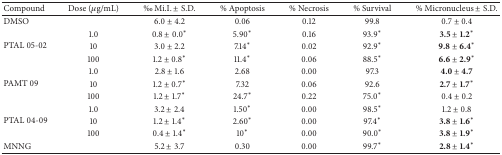
| Compound | Dose (μg/mL) | ‰ Mi.I.± S.D. | % Apoptosis | % Necrosis | % Survival | % Micronucleus ± S.D. |
 | --- | --- | --- | --- | --- | --- | --- |
 | DMSO |  | 6.0 ± 4.2 | 0.06 | 0.12 | 99.8 | 0.7 ± 0.4 |
 | <ROWSPAN=3> PTAL 05-02 | 1.0 | 0.8 ± 0.0* | 5.90* | 0.16 | 93.9* | 3.5 ± 1.2* |
 | 10 | 3.0 ± 2.2 | 7.14* | 0.02 | 92.9* | 9.8 ± 6.4* |
 | 100 | 1.2 ± 0.8* | 11.4* | 0.06 | 88.5* | 6.6 ± 2.9* |
 | <ROWSPAN=3> PAMT 09 | 1.0 | 2.8 ± 1.6 | 2.68 | 0.00 | 97.3 | 4.0 ± 4.7 |
 | 10 | 1.2 ± 0.7* | 7.32 | 0.06 | 92.6 | 2.7 ± 1.7* |
 | 100 | 1.2 ± 1.7* | 24.7* | 0.22 | 75.0* | 0.4 ± 0.2 |
 | <ROWSPAN=3> PTAL 04-09 | 1.0 | 3.2 ± 2.4 | 1.50* | 0.00 | 98.5* | 1.2 ± 0.8 |
 | 10 | 1.2 ± 1.4* | 2.60* | 0.00 | 97.4* | 3.8 ± 1.6* |
 | 100 | 0.4 ± 1.4* | 10* | 0.00 | 90.0* | 3.8 ± 1.9* |
 | MNNG |  | 5.2 ± 3.7 | 0.30 | 0.00 | 99.7* | 2.8 ± 1.4* |